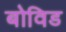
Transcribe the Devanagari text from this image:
बोविड